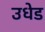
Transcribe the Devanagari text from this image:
उधेड